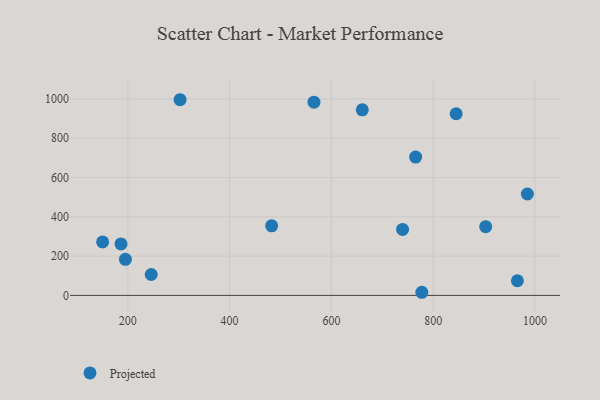
{"axis": {"x": "Distance", "y": "Yield"}, "legend": ["Projected"], "data": [{"x": "565.8", "y": 983.7, "type": "Projected"}, {"x": "186.5", "y": 262.1, "type": "Projected"}, {"x": "765.6", "y": 704.2, "type": "Projected"}, {"x": "195.2", "y": 183.7, "type": "Projected"}, {"x": "845.2", "y": 924.7, "type": "Projected"}, {"x": "482.6", "y": 354.0, "type": "Projected"}, {"x": "150.4", "y": 272.1, "type": "Projected"}, {"x": "965.6", "y": 74.6, "type": "Projected"}, {"x": "302.6", "y": 996.2, "type": "Projected"}, {"x": "777.7", "y": 15.9, "type": "Projected"}, {"x": "985.2", "y": 516.2, "type": "Projected"}, {"x": "739.9", "y": 336.0, "type": "Projected"}, {"x": "245.9", "y": 106.5, "type": "Projected"}, {"x": "903.3", "y": 349.7, "type": "Projected"}, {"x": "660.7", "y": 944.7, "type": "Projected"}]}